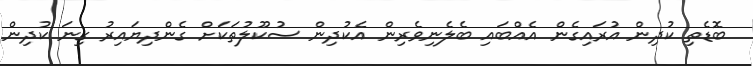
ބޮޑެތި ކުދިން އުރައިގެން އެއްބައި ބެލެނިވެރިން އެކުދިން ސުކޫލުތަކަށް ގެންދިޔައިރު ގިނަ ކުދިން